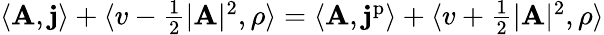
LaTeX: \begin{array}{r}{\langle\mathbf{A},\mathbf{j}\rangle+\langle v-\frac 12\vert\mathbf{A}\vert^{2},\rho\rangle=\langle\mathbf{A},\mathbf{j}^{\mathrm{p}}\rangle+\langle v+\frac 12\vert\mathbf{A}\vert^{2},\rho\rangle}\end{array}